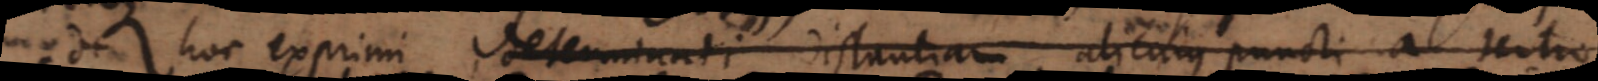
est hoc exprimi, determinati distantiam alicujus puncti a centro